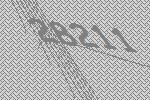
28211